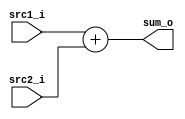
//Subject:     CA - Adder
//--------------------------------------------------------------------------------

module Adder
	#(
		parameter width = 32
	)
	(
    src1_i,
	src2_i,
	sum_o
	);
     
	
//I/O ports
input  [width-1:0]  src1_i;
input  [width-1:0]	 src2_i;
output [width-1:0]	 sum_o;

//Internal Signals
wire   [width-1:0]	 sum_o;

//Parameter

//Main function

assign sum_o = src1_i + src2_i;

endmodule